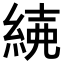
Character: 𦁱